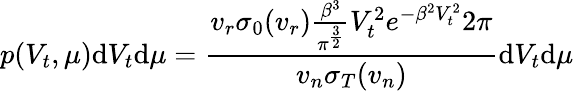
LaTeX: p(V_{t},\mu)\mathrm{d}V_{t}\mathrm{d}\mu=\frac{{v_{r}\sigma_{0}(v_{r})\frac{{\beta^{3}}}{{\pi^{\frac{{3}}{{2}}}}}V_{t}^{2}e^{-\beta^{2}V_{t}^{2}}2\pi}}{{v_{n}\sigma_{T}(v_{n})}}\mathrm{d}V_{t}\mathrm{d}\mu